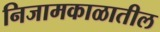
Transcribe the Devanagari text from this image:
निजामकाळातील